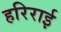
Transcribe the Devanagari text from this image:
हरिराई